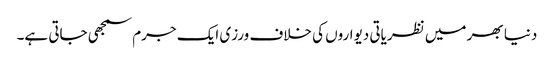
دنیا بھر میں نظریاتی دیواروں کی خلاف ورزی ایک جرم سمجھی جاتی ہے۔